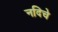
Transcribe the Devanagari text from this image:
नदिचे